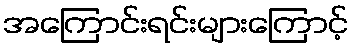
အကြောင်းရင်းများကြောင့်